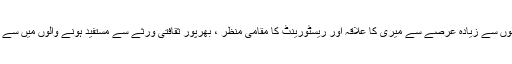
100 سالوں سے زیادہ عرصے سے میری کا علاقہ اور ریسٹورینٹ کا مقامی منظر ، بھرپور ثقافتی ورثے سے مستفید ہونے والوں میں سے ایک ہے۔